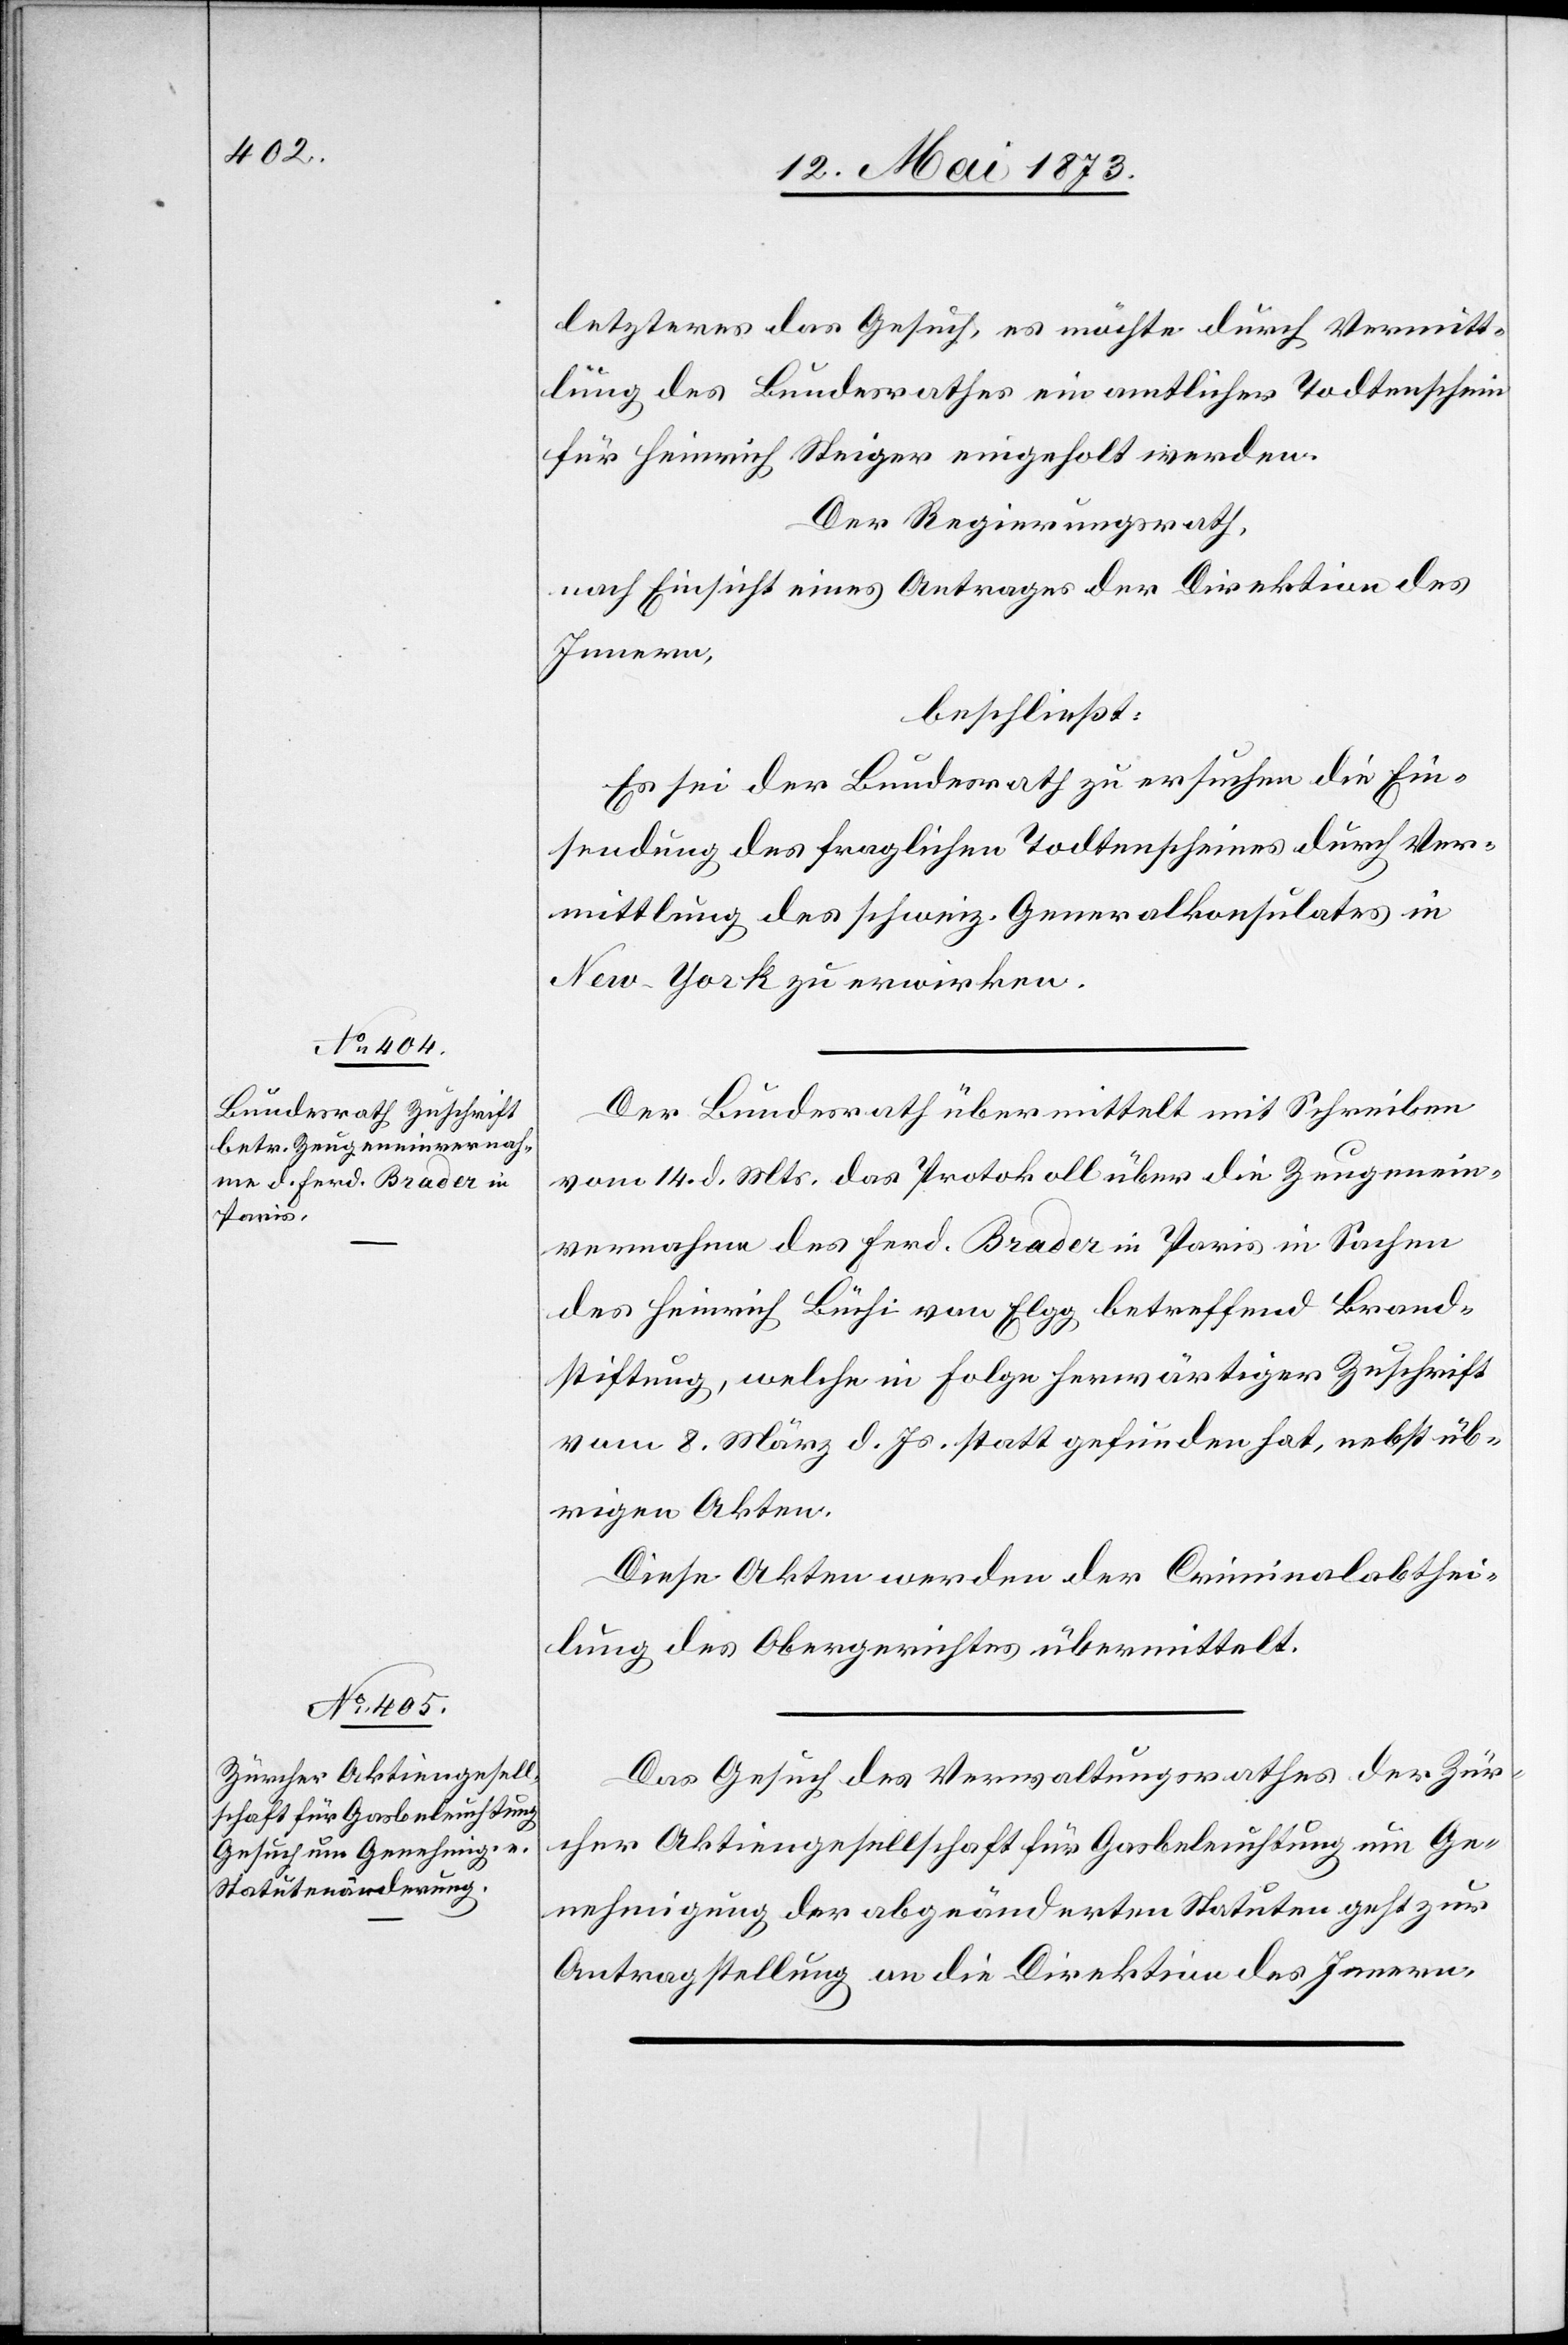
16. Mai 1873.]
letzteres das Gesuch, es möchte durch Vermitt¬
lung des Bundesrathes ein amtlicher Todtenschein
für Heinrich Steiger eingeholt werden.
Der Regierungsrath,
nach Einsicht eines Antrages der Direktion des
Innern,
beschließt:
Es sei der Bundesrath zu ersuchen die Ein¬
sendung des fraglichen Todtenscheines durch Ver¬
mittlung des schweiz. Generalkonsulates in
New-York zu erwirken.
Der Bundesrath übermittelt mit Schreiben
vom 14. d. Mts. das Protokoll über die Zeugenein¬
vernahme des Ferd. Brader in Paris in Sachen
des Heinrich Büchi von Elgg betreffend Brand¬
stiftung, welche in Folge herwärtiger Zuschrift
vom 8. März d. Js. stattgefunden hat, nebst üb¬
rigen Akten.
Diese Akten werden der Criminalabthei¬
lung des Obergerichtes übermittelt.
Das Gesuch des Verwaltungsrathes der Zür¬
cher Aktiengesellschaft für Gasbeleuchtung um Ge¬
nehmigung der abgeänderten Statuten geht zur
Antragstellung an die Direktion des Innern.